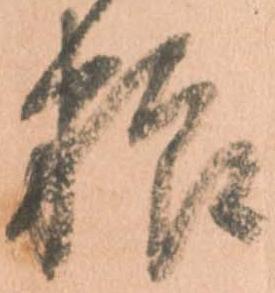
粮